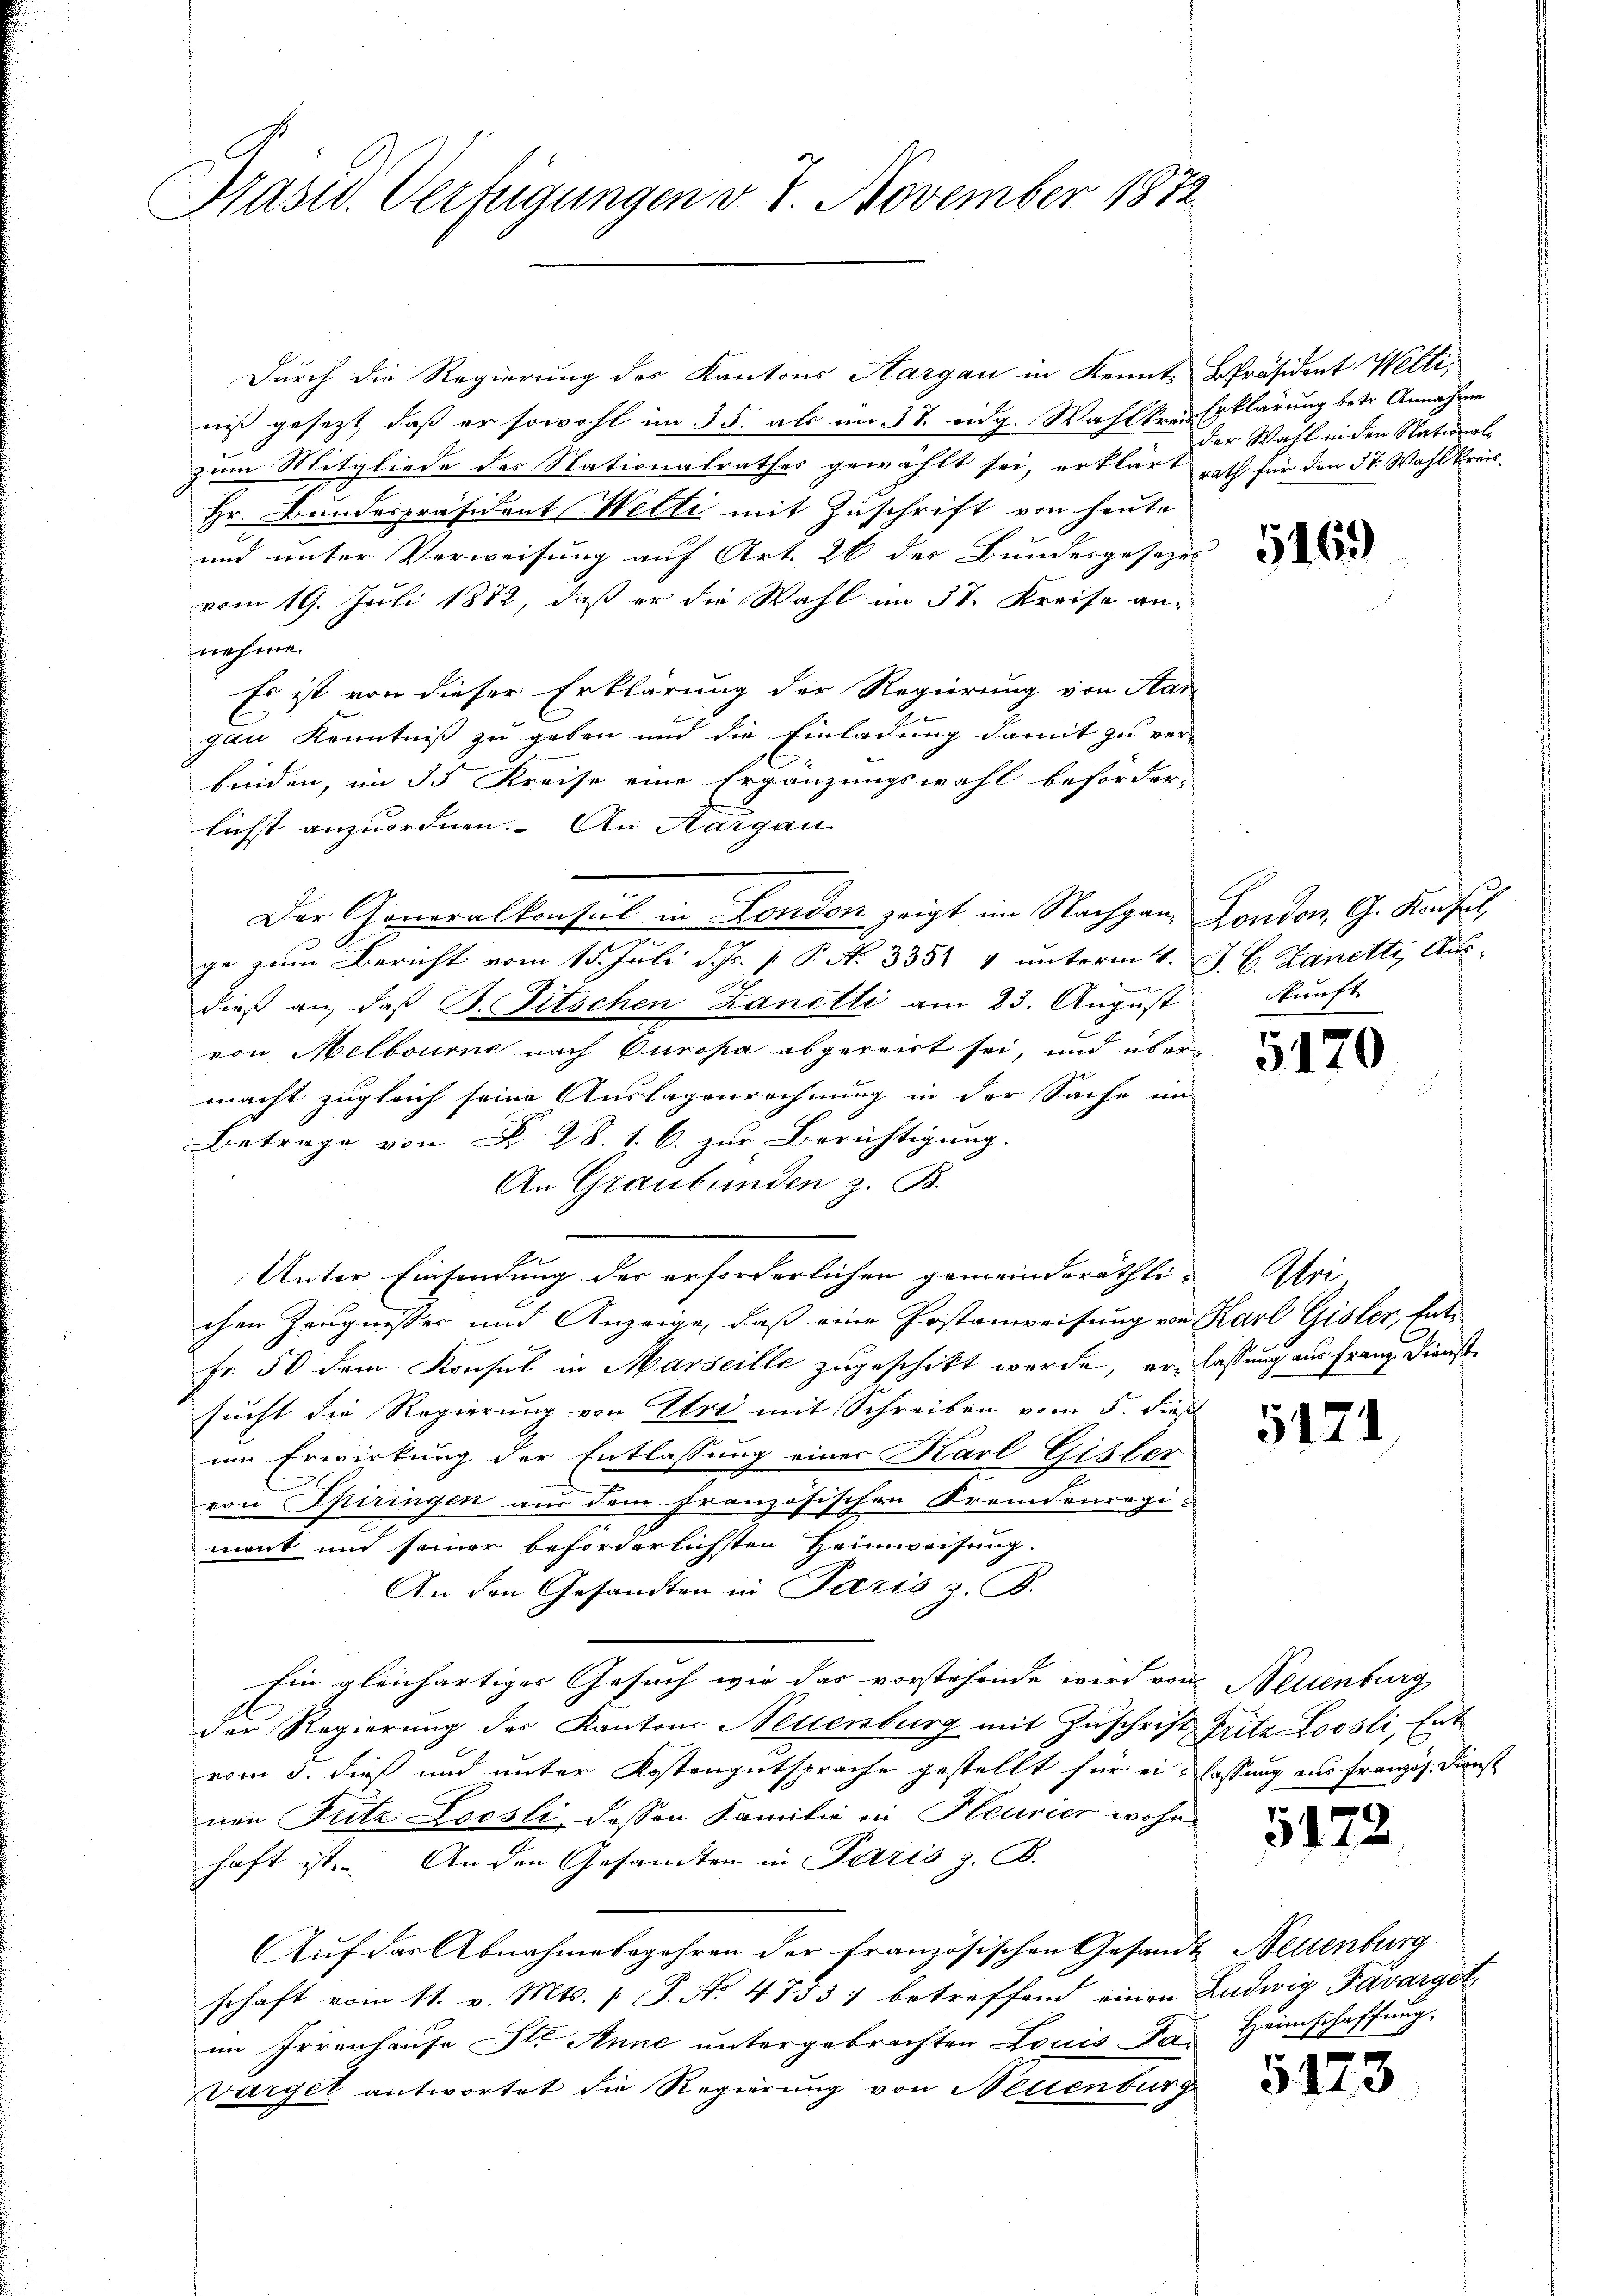
Hasid. Verfügungen v. 8. November 1872

Durch die Regierung des Kantons Aargau in Kennt-Präsident Welti,
niß gesezt, daß er sowohl im 35. als im 31. eidg. Wahlkreis Erklärung betr. Annahme
zum Mitgliede des Nationalrathes gewählt sei, erklärt rath für den 37. Wahlkreis
Hr. Bundespräsident Welti mit Zuschrift von heute
und unter Verweisung auf Art. 26 des Bundesgesezes
vom 19. Juli 1872, daß er die Wahl im 37. Kreise an-
nehme.
Es ist von dieser Erklärung der Regierung von Aar-
gau Kenntniß zu geben und die Einladung damit zu ver-
beeiden, im 35 Kreise eine Ergänzungswahl beförder-
lichst anzuordnen. An Margau
Der Generalkonsul in London zeigt im Nachgau, London. G. Konsul
ge zum Bericht vom 15. Juli d. Js. [ P. N. 3351 4 unterm 4. J. C. Zanetti, Ausdieß an, daß P. Titschen Zanetti am 23. August
von Melbourne nach Europa abgereist sei, und übermacht zugleich seine Auslagenrechnung in der Sache im
Betrage von N. Z. 8. 1. 6. zur Berichtigung.
An Graubünden z. B.
Unter Einsendung der erforderlichen gemeinderäthli¬ Uri
chen Zeugnisser und Anzeige, daß eine Postanweisung von Karl Gisler, Ent¬
Fr. 50 dem Konsul in Marseille zugeschikt werde, er lassung aus franz Dienstsucht die Regierung von Ure mit Schreiben vom 5. dieß
um Erwirkung der Entlassung einer Karl Gisler
von Spiringen aus dem Französischen Fremdenregi-
ment und seiner beförderlichsten Heimweisung.
An den Gesandten in Paris z. B.
Ein gleichartiges Gesuch wie das vorstehende wird von
der Regierung der Kantons Neuenburg mit Zuschrift,
vom 3. dieß und unter Kostengutsprache gestellt für ei- lassung aus französ. Dienst
nen Futz Loosli, dessen Familie in Pleurier wohn
haft ist. An den Gesandten in Patris z. B.
Auf das Abnahmebegehren der Französischen Gesandt Neuenburg
schaft vom 11. v. Mts. 1 S. Nr. 4733) betreffend einen Ludwig Favarget
im Irrenhause Sti Anne untergebrachten Louissan
Vargel antwortet die Regierung von Neuenburg

der Wahl in den National¬

5169)

kunft

5170

512

Neuenburg
Tritz Loosli, Ent

517

542

1

Heimschaffung.

s